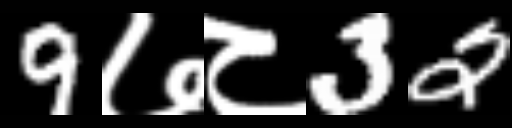
Text: 9७८32